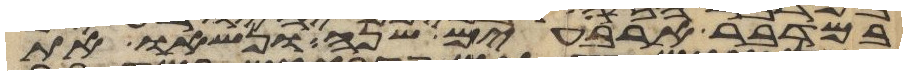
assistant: במדבר ארבעים שנה ונשאו את